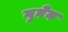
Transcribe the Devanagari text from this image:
गुवेन